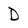
Character: D